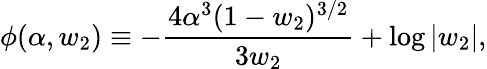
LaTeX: \phi(\alpha,w_{2})\equiv-{\frac{4\alpha^{3}(1-w_{2})^{3/2}}{3w_{2}}}+\log|w_{2}|,